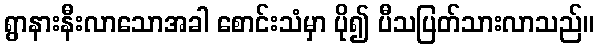
ရွာနားနီးလာသောအခါ စောင်းသံမှာ ပို၍ ပီသပြတ်သားလာသည်။